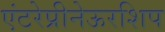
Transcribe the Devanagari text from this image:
एंटरेप्रीनेऊरशिप